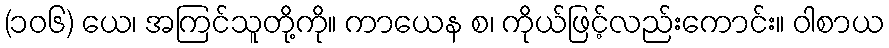
(၁၀၆) ယေ၊ အကြင်သူတို့ကို။ ကာယေန စ၊ ကိုယ်ဖြင့်လည်းကောင်း။ ဝါစာယ